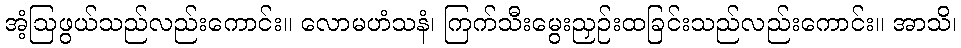
အံ့ဩဖွယ်သည်လည်းကောင်း။ လောမဟံသနံ၊ ကြက်သီးမွေးညှဉ်းထခြင်းသည်လည်းကောင်း။ အာသိ၊